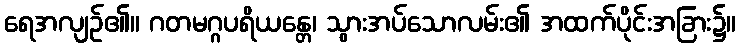
ရေအလျဉ်၏။ ဂတမဂ္ဂပရိယန္တေ၊ သွားအပ်သောလမ်း၏ အထက်ပိုင်းအခြား၌။